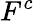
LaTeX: F^{c}